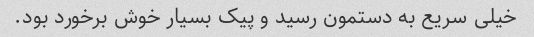
خیلی سریع به دستمون رسید و پیک بسیار خوش برخورد بود.